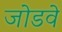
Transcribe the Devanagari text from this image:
जोडवे